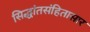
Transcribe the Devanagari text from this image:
सिद्धांतसंहितासार